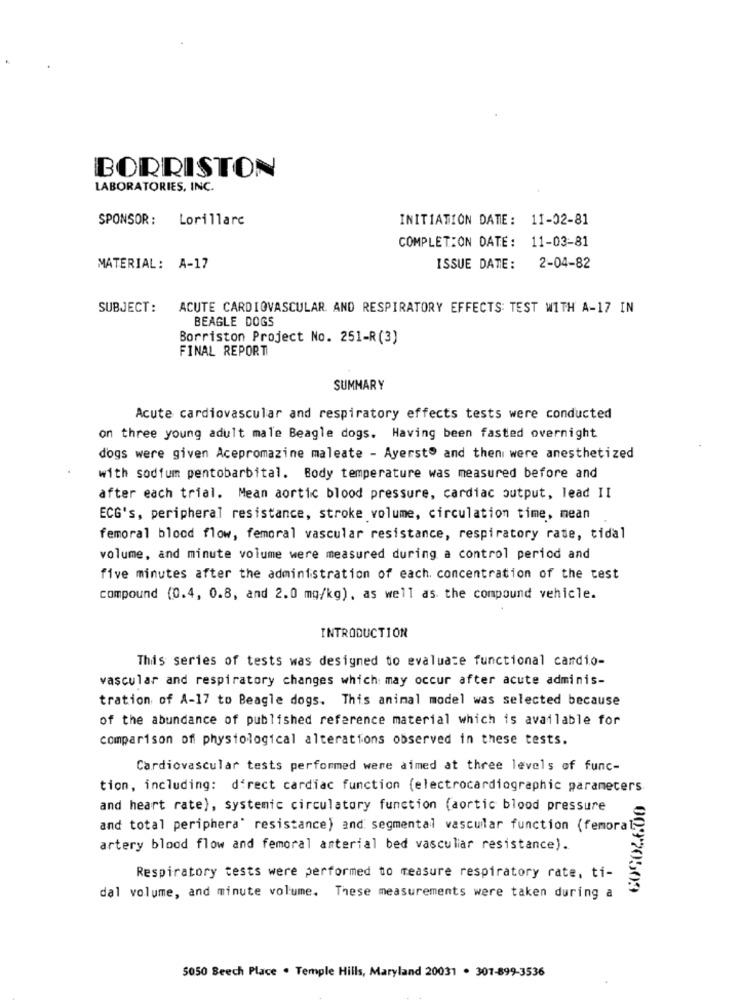
BORRISTON
LABORATORIES, INC.
SPONSOR :
Lorillare
INITIATION DATE: 11-02-81
COMPLETION DATE: 11-03-81
MATERIAL: A-17
ISSUE DATE: 2-04-82
SUBJECT:
ACUTE CARDIOVASCULAR. AND RESPIRATORY EFFECTS: TEST WITH A-17 IN
BEAGLE DOGS
Borriston Project No. 251-R(3)
FINAL REPORT
SUMMARY
Acute cardiovascular and respiratory effects tests were conducted
on three young adult male Beagle dogs. Having been fasted overnight
dogs were given Acepromazine maleate - Ayerstº and then were anesthetized
with sodium pentobarbital. Body temperature was measured before and
after each trial. Mean aortic blood pressure, cardiac output, lead II
ECG's, peripheral resistance, stroke volume, circulation time, mean
femoral blood flow, femoral vascular resistance, respiratory rate, tidal
volume, and minute volume were measured during a control period and
five minutes after the administration of each. concentration of the test
compound (0.4, 0.8, and 2.0 mg/kg), as well as the compound vehicle.
INTRODUCTION
This series of tests was designed to evaluate functional cardio-
vascular and respiratory changes which may occur after acute adminis-
tration of A-17 to Beagle dogs. This animal model was selected because
of the abundance of published reference material which is available for
comparison of physiological alterations observed in these tests.
Cardiovascular tests performed were aimed at three levels of func-
tion, including: d'rect cardiac function (electrocardiogramaranecers
and heart rate), systemic circulatory function (aortic blood pressure
and total periphera" resistance) and segmental vascular function (femora
artery blood flow and femoral anterial bed vascular resistance).
Respiratory tests were performed to measure respiratory rate, ti-
00920509
dal volume, and minute volume. These measurements were taken during a
5050 Beech Place . Temple Hills, Maryland 20031 . 307-899-3536